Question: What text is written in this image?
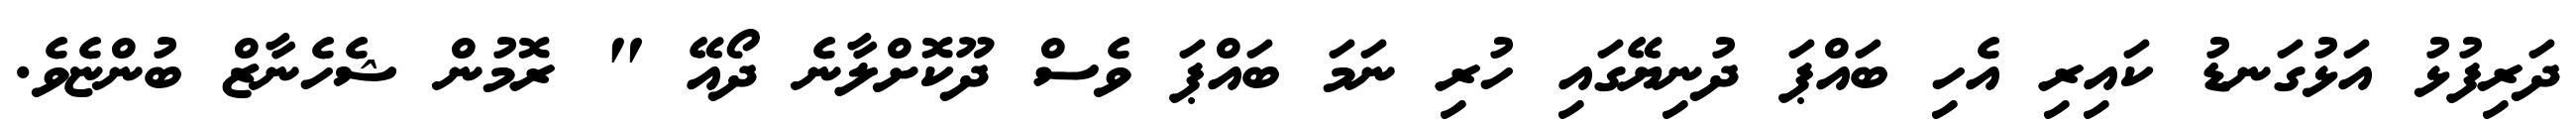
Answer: ދަރިފުޅު އަޅުގަނޑު ކައިރި އެހި ބައްޕަ ދުނިޔޭގައި ހުރި ނަމަ ބައްޕަ ވެސް ދޫކޮށްލާނެ ދޯއޭ " ރޮމުން ޝެހެނާޒް ބުންޏެވެ.